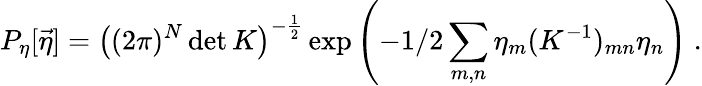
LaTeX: P_{\eta}[\vec{\eta}]=\left((2\pi)^{N}\operatorname*{det}K\right)^{-\frac{1}{2}}\exp\left(-1/2\sum_{m,n}\eta_{m}(K^{-1})_{mn}\eta_{n}\right)\ .